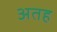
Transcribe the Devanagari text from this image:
अतह